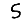
Digit: 5